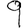
Digit: 9